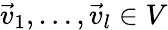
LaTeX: \vec{v}_{1},\dotsc,\vec{v}_{l}\in V